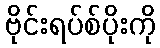
ဗိုင်းရပ်စ်ပိုးကို